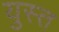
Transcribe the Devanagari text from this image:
युस्त